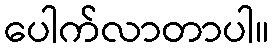
ပေါက်လာတာပါ။